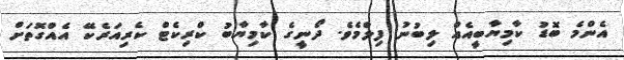
އެންމެ ބޮޑު ކާމިޔާބީއެއް ލިބުނު ފިލްމެވެ. ދޯނީގެ ކާމިޔާބު ކްރިކެޓް ކެރިއަރެކޭ އެއްގޮތަށް